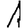
Digit: 1